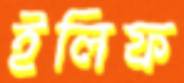
ইলিফ